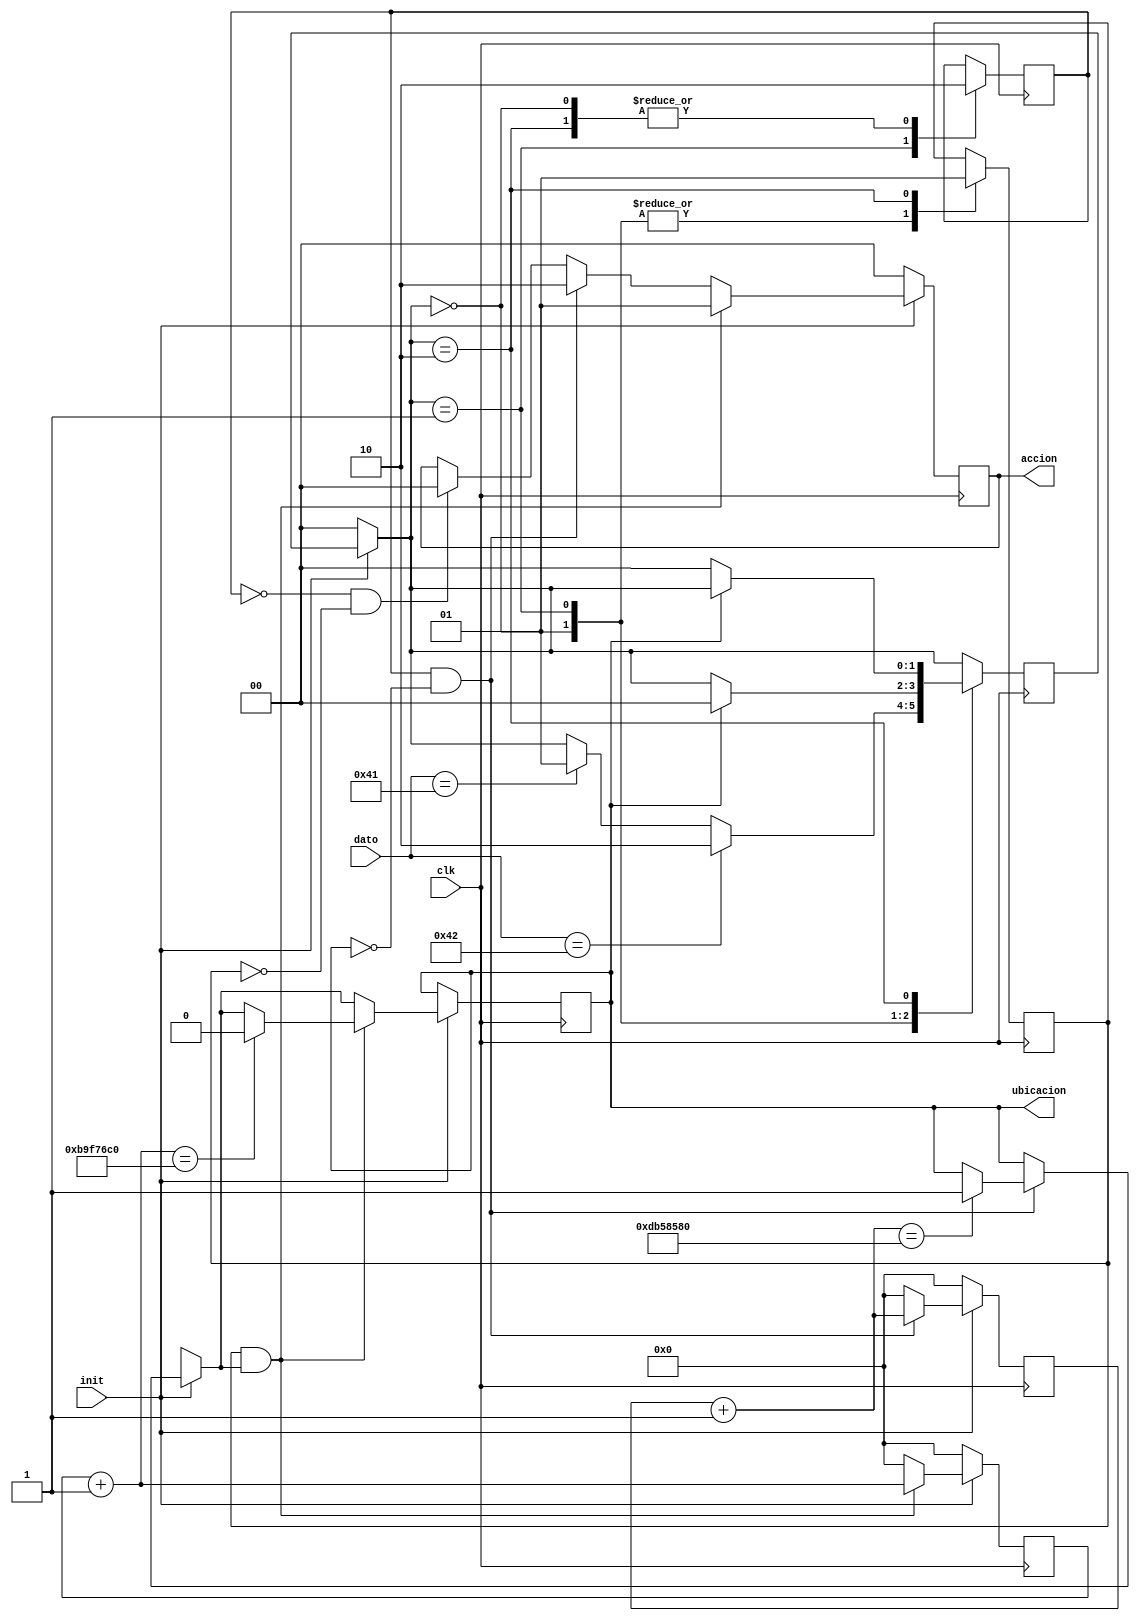
module Control_Motor(clk,dato,init,accion,ubicacion);

input clk;
input [7:0] dato;
input init;
output  reg [1:0] accion=2'b0;
output reg ubicacion=1'b0;

reg [1:0] status;
reg sub;
reg baj;
reg [27:0] tiempo_s;
reg [27:0] tiempo_b;
reg [25:0] counter;
reg clk_s;
reg done;
parameter APAGADO=2'b00,SUBIR=2'b01,BAJAR=2'b10;

initial begin
status=APAGADO;
sub=1'b0;
baj=1'b0;
tiempo_s=28'b0;
tiempo_b=28'b0;
counter=25'b0;
clk_s=1'b0;
end

always@(posedge clk)begin //maquina de estados
	if(!init)begin
		status=APAGADO;
	end
	
	case(status)
		APAGADO:begin
			sub=1'b0;
			baj=1'b0;
			if(dato==8'd65)status=SUBIR;
			if(dato==8'd66)status=BAJAR;
		end
		SUBIR:begin
			sub=1'b1;
			baj=1'b0;
			if(ubicacion==1)status=APAGADO;
		end
		BAJAR:begin
			sub=1'b0;
			baj=1'b1;
			if(ubicacion==0)status=APAGADO;
		end
	
	endcase
end


always@(posedge clk)begin 
	if(!sub && !baj)begin
		accion=2'b00;
	end
	if(init)begin
		if(sub && !ubicacion)begin
			accion=2'b10;
			tiempo_s=tiempo_s+1;
			if(tiempo_s==230_000_000)begin
				ubicacion=1'b1;
			end
		end
		else begin
			tiempo_s=0;
			
		end
		
		
		if(baj && ubicacion)begin
			accion=2'b01;
			tiempo_b=tiempo_b+1;
			if(tiempo_b==195_000_000)begin
				ubicacion=1'b0;
			end
		end
		else begin
			tiempo_b=0;
		end
	
	end
	else begin
		accion=2'b00;
		tiempo_s=0;
		tiempo_b=0;
		done=0;
	end
	
	
	
end




endmodule